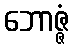
ဘောဇ္ဇံ